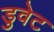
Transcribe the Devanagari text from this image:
डुवेट